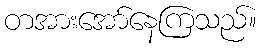
တအားအော်နေကြသည်။